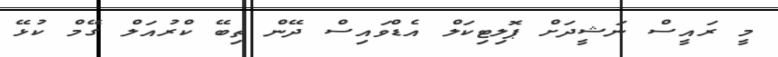
މީ ރައީސް ނަޝީދަށް ޕޮލިޓިކަލް އެޑްވައިސް ދޭން ތިބޭ ކްރުއަލް ގޭމް ކުޅޭ